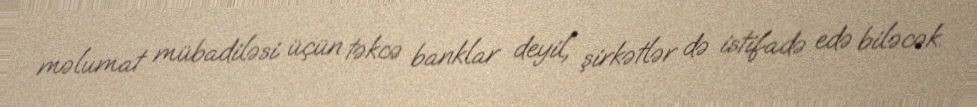
məlumat mübadiləsi üçün təkcə banklar deyil, şirkətlər də istifadə edə biləcək.